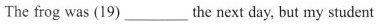
The frog was (19) ___ the next day, but my student